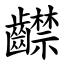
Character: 齽